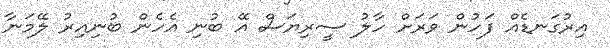
އިރުގަނޑެއް ފަހުން ވަރަށް ހާލު ސީރިޔަސް އޭ ބުނި އެހެން ބުނިއިރު ލޭމަނާ